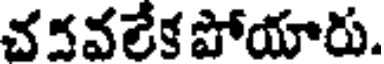
చవవలేక పోయారు.